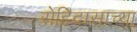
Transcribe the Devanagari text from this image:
रोहिदासाच्या